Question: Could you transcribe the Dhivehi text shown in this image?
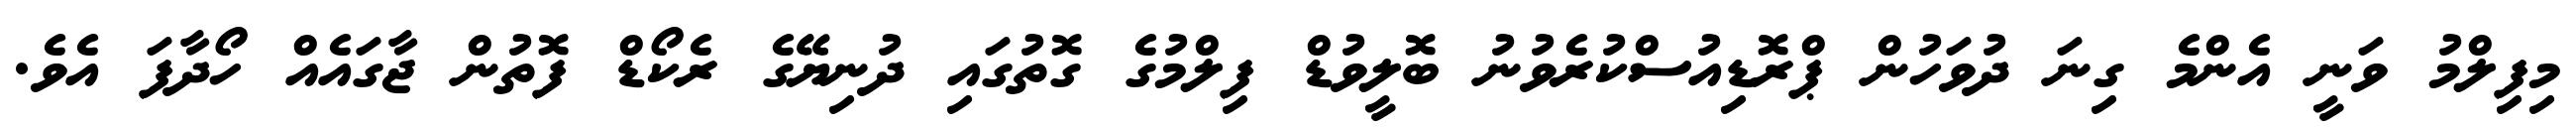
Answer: މިފިލްމު ވަނީ އެންމެ ގިނަ ދުވަހުން ޕްރޮޑިއުސްކުރެވުނު ބޮލީވުޑް ފިލްމުގެ ގޮތުގައި ދުނިޔޭގެ ރެކޯޑް ފޮތުން ޖާގައެއް ހޯދާފަ އެވެ.